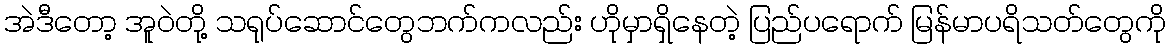
အဲဒီတော့ အူဝဲတို့ သရုပ်ဆောင်တွေဘက်ကလည်း ဟိုမှာရှိနေတဲ့ ပြည်ပရောက် မြန်မာပရိသတ်တွေကို